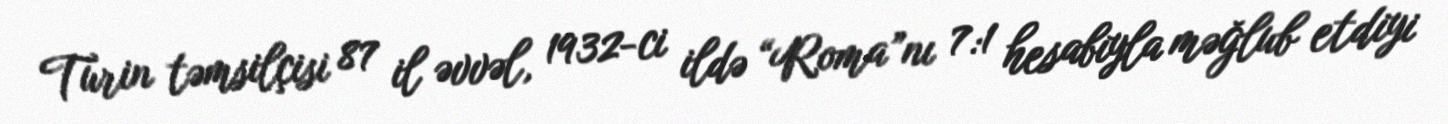
Turin təmsilçisi 87 il əvvəl, 1932-ci ildə “Roma”nı 7:1 hesabıyla məğlub etdiyi